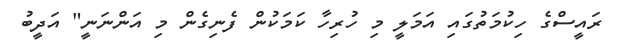
ރައީސްގެ ހިކުމަތުގައި އަމަލީ މި ހުރިހާ ކަމަކުން ފެނިގެން މި އަންނަނީ" އަދީބު